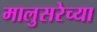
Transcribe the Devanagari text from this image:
मालुसरेच्या